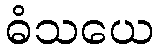
ဓံသယေ